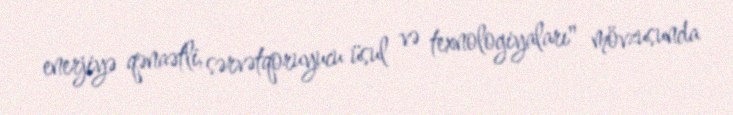
enerjiyə qənaətli, sərvətqoruyucu üsul və texnologiyaları" mövzusunda